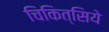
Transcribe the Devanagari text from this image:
चिकित्सिये